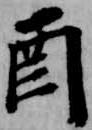
酉